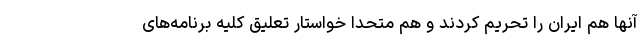
آنها هم ایران را تحریم کردند و هم متحدا خواستار تعلیق کلیه برنامه‌های